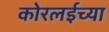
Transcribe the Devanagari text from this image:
कोरलईच्या